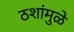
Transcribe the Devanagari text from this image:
ठशांमुळे